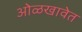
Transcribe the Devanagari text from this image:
ओळखावेत